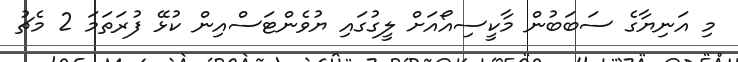
މި އަނިޔާގެ ސަބަބުން މާކީސިއޯއަށް ލީގުގައި ޔުވެންޓަސްއިން ކުޅޭ ފުރަތަމަ 2 މެޗު